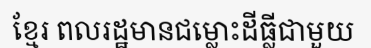
ខ្មែរ ពលរដ្ឋមានជម្លោះដីធ្លីជាមួយ